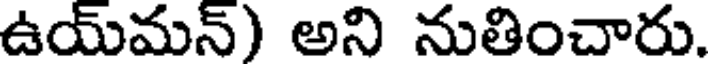
ఉయ్మన్) అని నుతించారు.